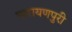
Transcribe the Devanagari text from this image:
नारायणपुरी